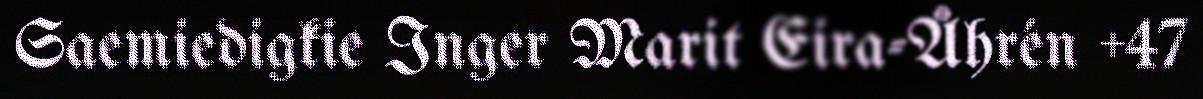
Saemiedigkie Inger Marit Eira-Åhrén +47